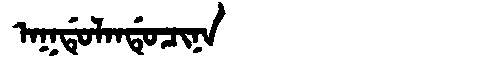
Manchu: ᠠᡴᡩᡠᠯᠠᠨᡩᡠᠴᡳᠨᠠ
Romanization: AKDULANDUCINA